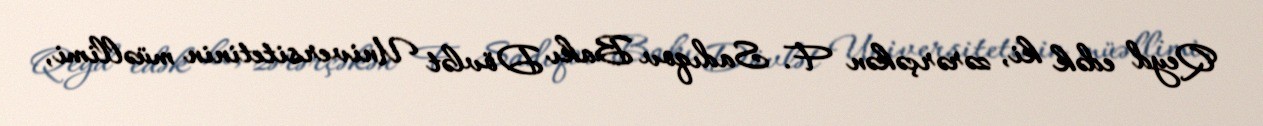
Qeyd edək ki, zərərçəkən F. Sadıqov Bakı Dövlət Universitetinin müəllimi,